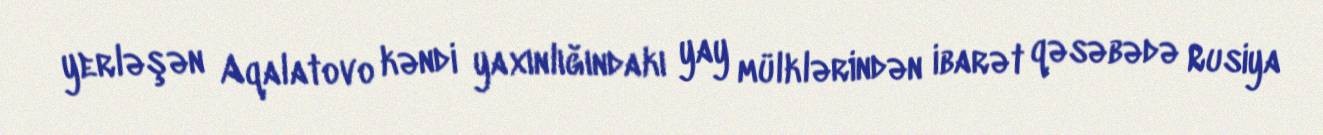
yerləşən Aqalatovo kəndi yaxınlığındakı yay mülklərindən ibarət qəsəbədə Rusiya